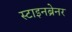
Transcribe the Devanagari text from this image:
स्टाइनब्रेनर